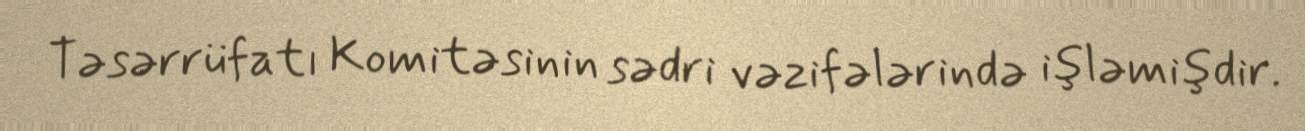
Təsərrüfatı Komitəsinin sədri vəzifələrində işləmişdir.